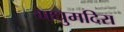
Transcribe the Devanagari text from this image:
मधुमदिरा